Mental hospitals Bombay report 1921-28 - 1921-1928
Year: 1921
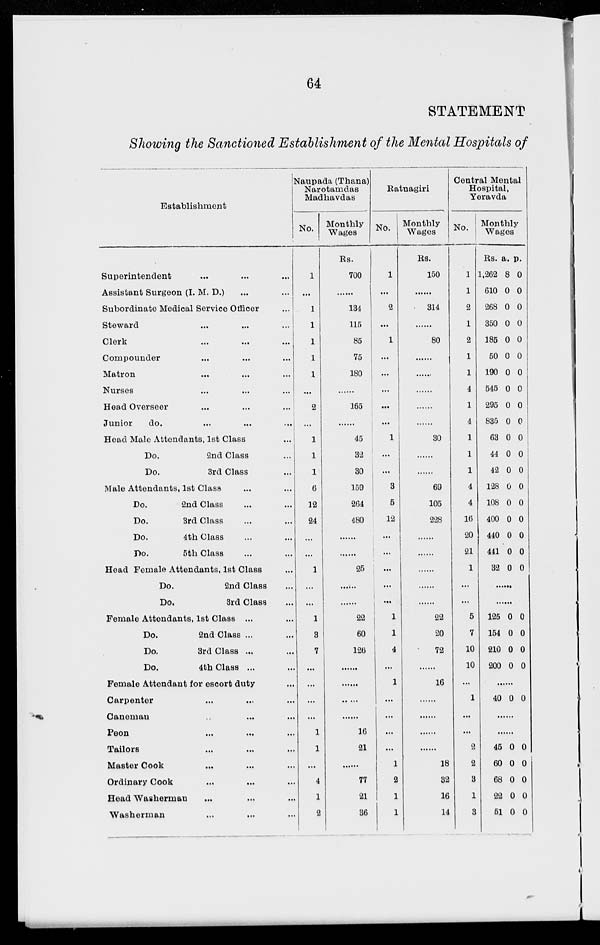
64
STATEMENT
Showing the Sanctioned Establishment of the Mental Hospitals of
Establishment
Superintendent ... ... ...
Assistant Surgeon (I. M. D.) ... ...
Subordinate Medical Service Officer ...
Steward ... ... ...
Clerk ... ... ...
Compounder ... ... ...
Matron ... ... ...
Nurses ... ... ...
Head Overseer ... ... ...
Junior
do. ... ... ...
Head Male Attendants, 1st Class ...
Do.
2nd Class ...
Do.
3rd Class ...
Male Attendants, 1st Class ... ...
Do.
2nd Class ... ...
Do.
3rd Class ... ...
Do.
4th Class ... ...
Do.
5th Class ... ...
Head Female Attendants, 1st Class ...
Do.
2nd Class ...
Do.
3rd Class ...
Female Attendants, 1st Class ... ...
Do.
2nd Class ... ...
Do.
3rd Class ... ...
Do.
4th Class ... ...
Female Attendant for escort duty ...
Carpenter ... ... ...
Caneman ... ... ...
Peon ... ... ...
Tailors ... ... ...
Master Cook ... ... ...
Ordinary Cook ... ... ...
Head Washerman ... ... ...
Washerman ... ... ...
Naupada (Thana)
Narotamdas
Madhavdas
No.
1
...
1
1
1
1
1
...
2
...
1
1
1
6
12
24
...
...
1
...
...
1
3
7
...
...
...
...
1
1
...
4
1
2
Monthly
Wages
Rs.
700
......
134
115
85
75
180
......
165
......
45
32
30
159
264
480
......
......
25
......
......
22
60
126
......
......
......
......
16
21
......
77
21
36
Ratnagiri
No.
1
...
2
...
1
...
...
...
...
...
1
...
...
3
5
12
...
...
...
...
...
1
1
4
...
1
...
...
...
...
1
2
1
1
Monthly
Wages
Rs.
150
......
314
......
80
......
......
......
......
......
30
......
......
69
105
228
......
......
......
......
......
22
20
72
......
16
......
......
......
......
18
32
16
14
Central Mental
Hospital,
Yeravda
No.
1
1
2
1
2
1
1
4
1
4
1
1
1
4
4
16
20
21
1
...
...
5
7
10
10
...
1
...
...
2
2
3
1
3
Monthly
Wages
Rs.
1,262
610
268
350
185
50
190
545
295
835
63
44
42
128
108
400
440
441
32
a.
8
0
0
0
0
0
0
0
0
0
0
0
0
0
0
0
0
0
0
p.
0
0
0
0
0
0
0
0
0
0
0
0
0
0
0
0
0
0
0
......
......
125
154
210
200
0
0
0
0
0
0
0
0
......
40 0 0
......
......
45
60
68
22
51
0
0
0
0
0
0
0
0
0
0